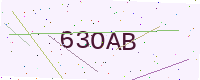
Text: 63OAB